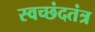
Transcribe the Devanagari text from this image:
स्वच्छंदतंत्र